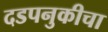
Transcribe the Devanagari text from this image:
दडपनुकीचा